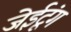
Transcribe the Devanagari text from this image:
जेईटूंग